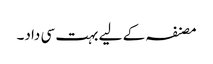
مصنفہ کے لیے بہت سی داد۔